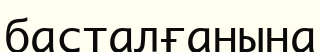
басталғанына